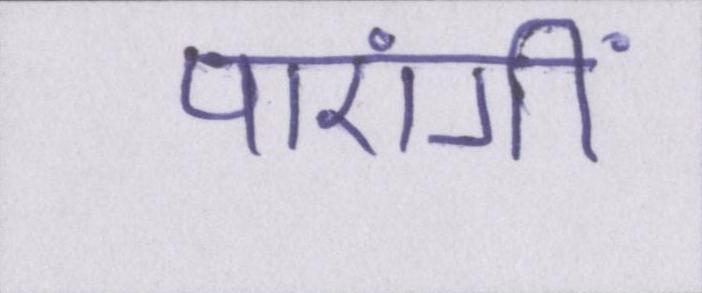
पाएंगीं